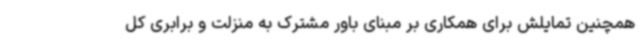
همچنین تمایلش برای همکاری بر مبنای باور مشترک به منزلت و برابری کل